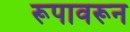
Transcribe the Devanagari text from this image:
रूपावरून